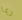
ربما